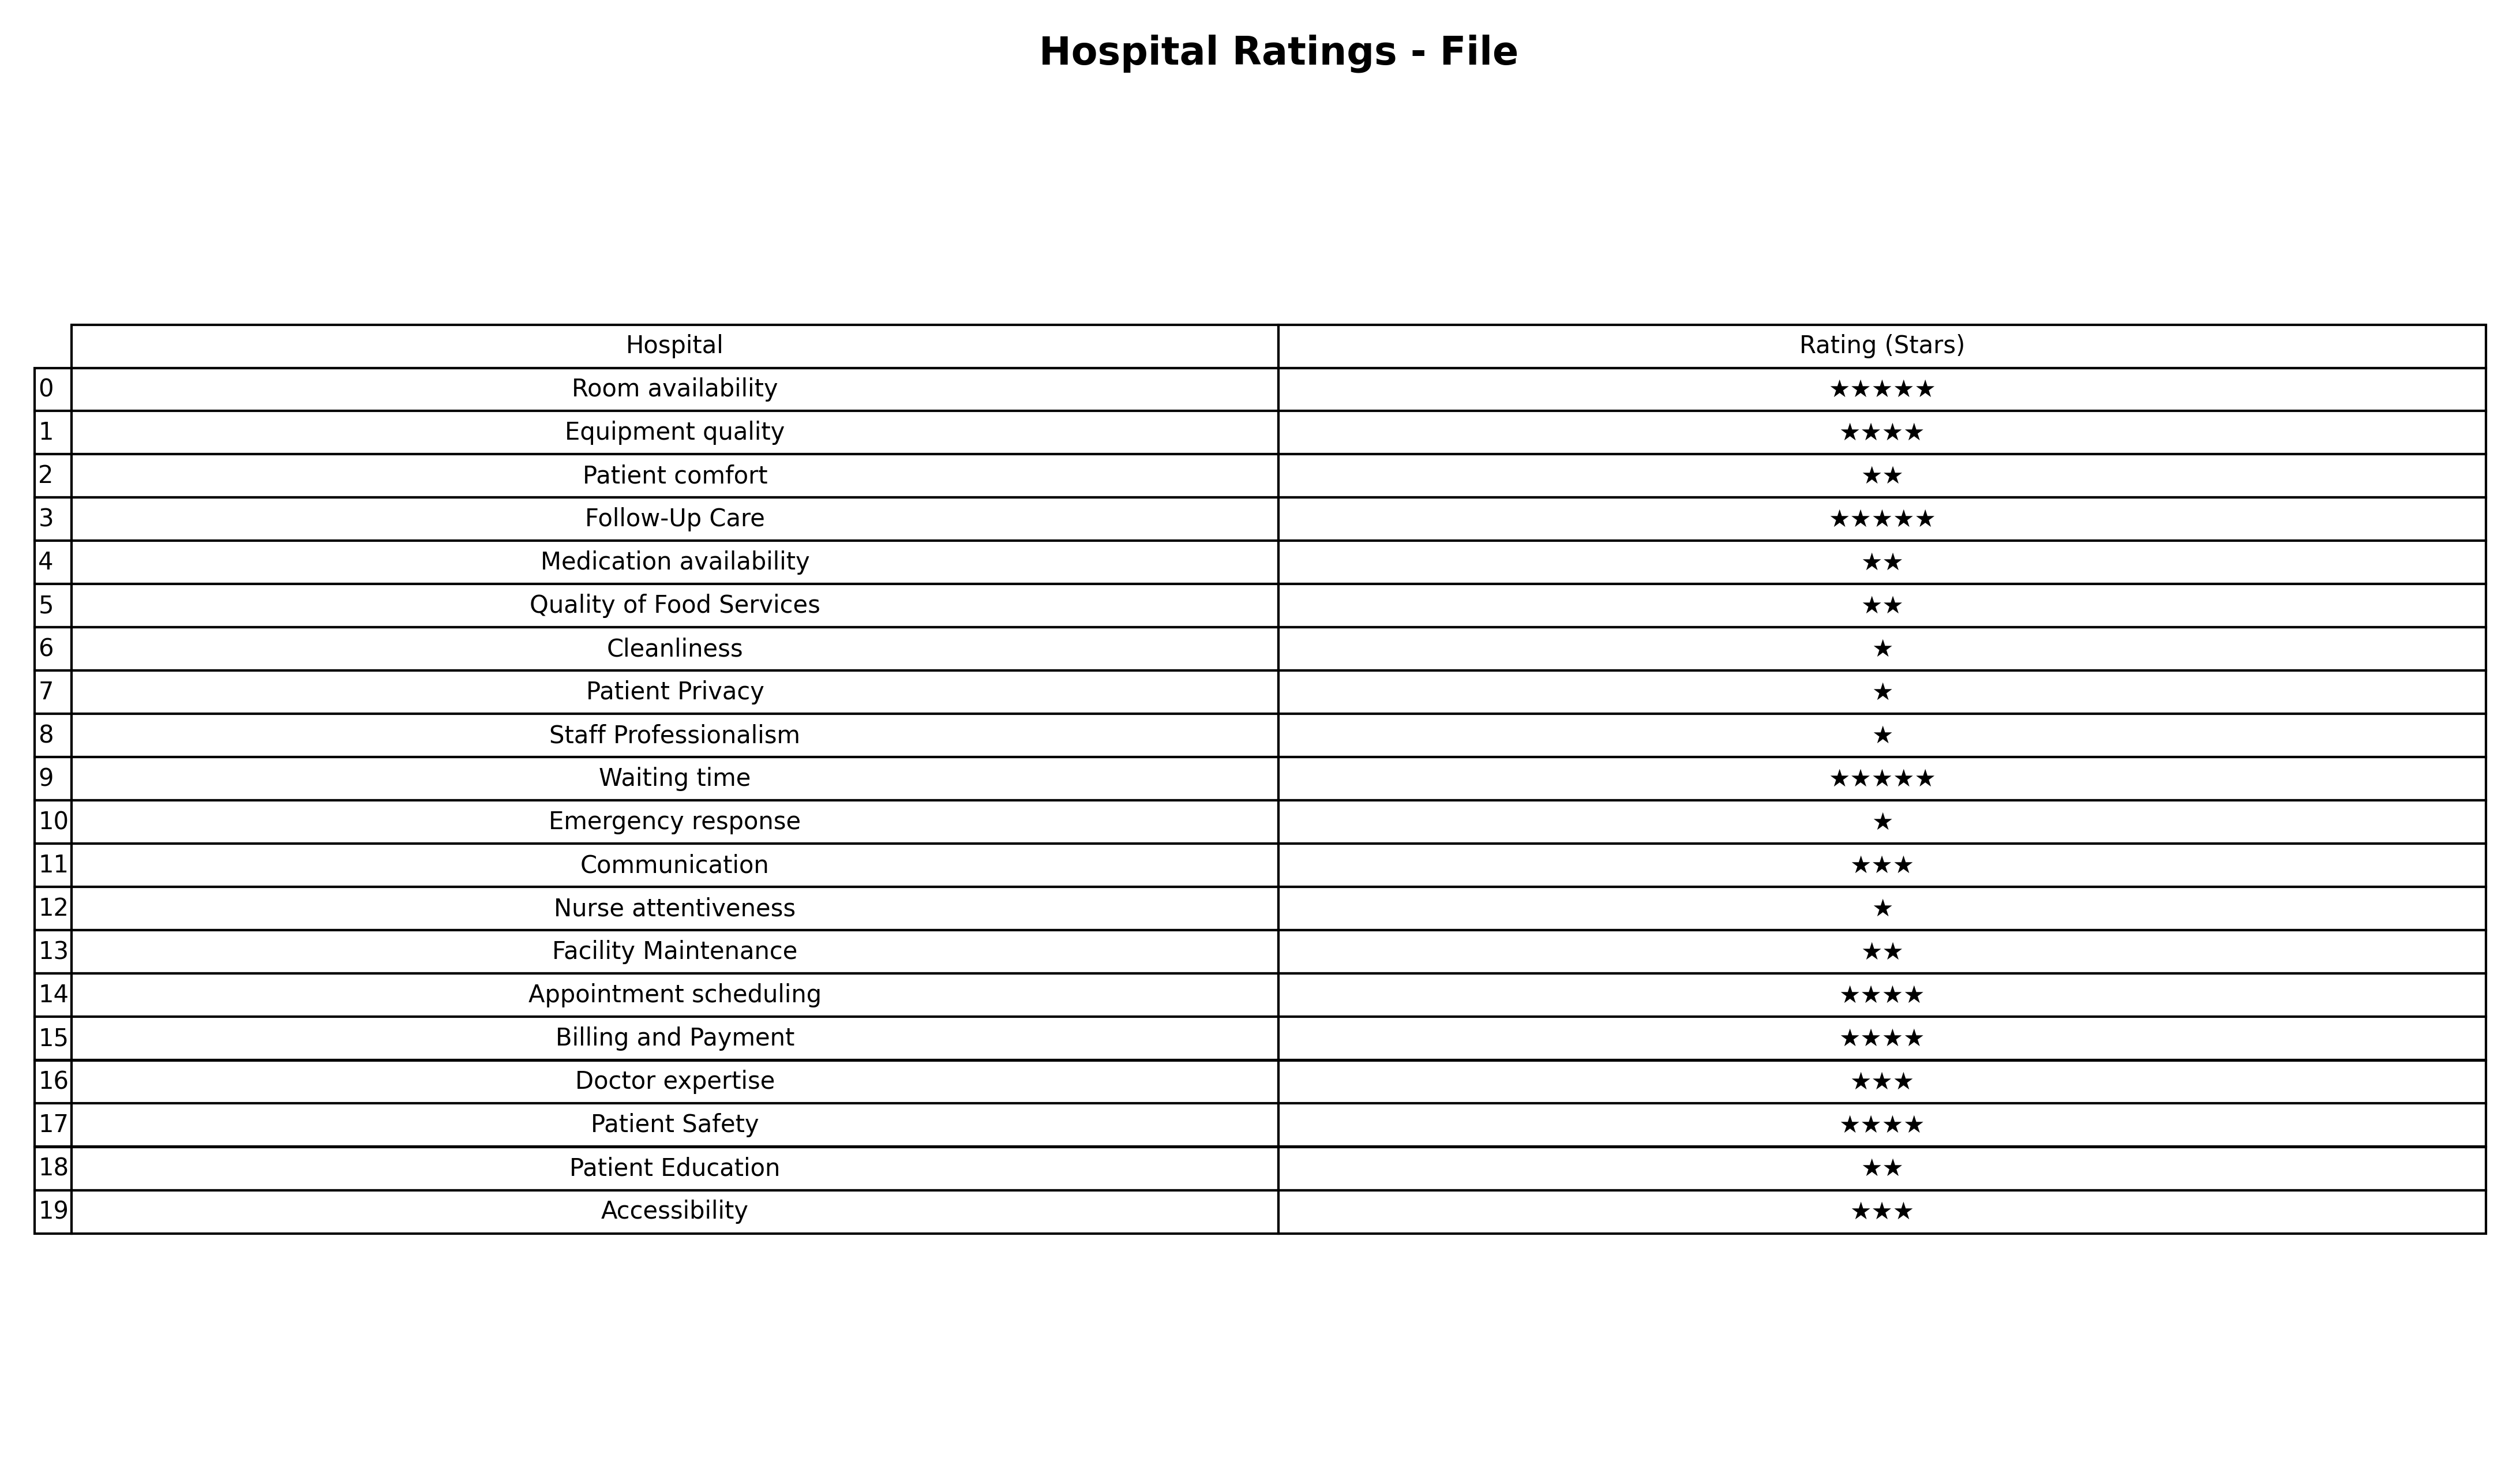
question: What are three star services?
answer: CommunicationDoctor expertiseAccessibility